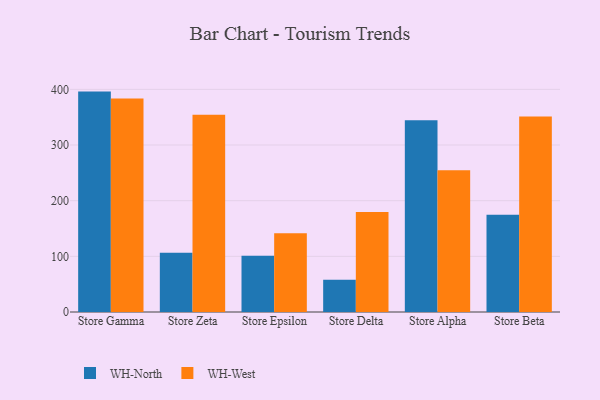
{"axis": {"x": "Store", "y": "Production Output"}, "legend": ["WH-North", "WH-West"], "data": [{"x": "Store Gamma", "y": 396.0, "type": "WH-North"}, {"x": "Store Gamma", "y": 383.5, "type": "WH-West"}, {"x": "Store Zeta", "y": 106.4, "type": "WH-North"}, {"x": "Store Zeta", "y": 354.3, "type": "WH-West"}, {"x": "Store Epsilon", "y": 101.0, "type": "WH-North"}, {"x": "Store Epsilon", "y": 141.4, "type": "WH-West"}, {"x": "Store Delta", "y": 57.9, "type": "WH-North"}, {"x": "Store Delta", "y": 179.5, "type": "WH-West"}, {"x": "Store Alpha", "y": 344.7, "type": "WH-North"}, {"x": "Store Alpha", "y": 254.6, "type": "WH-West"}, {"x": "Store Beta", "y": 174.8, "type": "WH-North"}, {"x": "Store Beta", "y": 351.3, "type": "WH-West"}]}